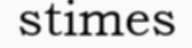
stimes